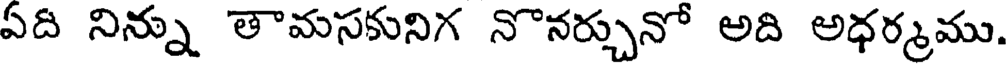
ఏది నిన్ను తామసకునిగ నొనర్చునో అది అధర్కము.